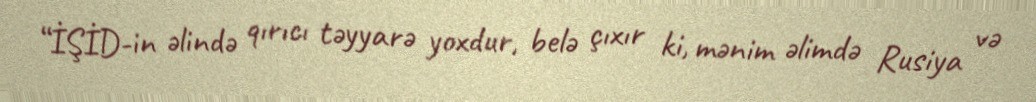
“İŞİD-in əlində qırıcı təyyarə yoxdur, belə çıxır ki, mənim əlimdə Rusiya və